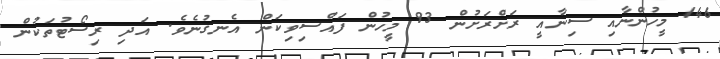
146 މީހުންނާއި ސިނާއީ ރަށްރަށުން 93 މީހުން ފައްސިވިކަން އެނގުނެވެ. އަދި ރިސޯޓުތަކުން